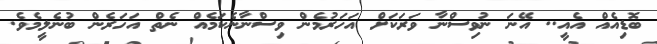
ބޮޑިއެއް އެއީ.. އޭނަ ނުވިސްނާ ވަރަކަށް އަހަރުމެން ވިސްނާނެކަމެއް ނެތް އަހަރެން ބުނެލީމެވެ.